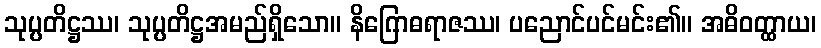
သုပ္ပတိဋ္ဌဿ၊ သုပ္ပတိဋ္ဌအမည်ရှိသော။ နိဂြောဓရာဇဿ၊ ပညောင်ပင်မင်း၏။ အဓိဝတ္ထာယ၊